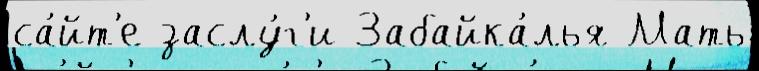
са́йт'е заслу́г'и Забайка́лья Мать